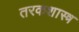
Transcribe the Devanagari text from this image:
तरकशास्त्र